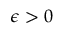
\epsilon > 0